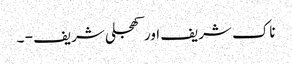
ناک شریف اور کھجلی شریف - ۔